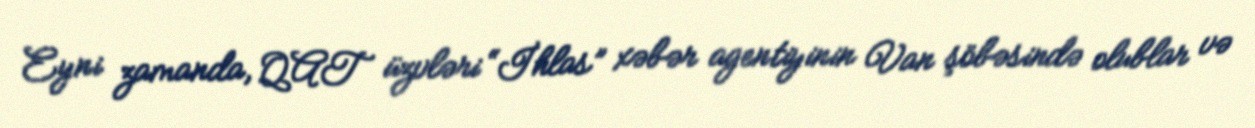
Eyni zamanda, QAT üzvləri “İhlas” xəbər agentiyinin Van şöbəsində olublar və